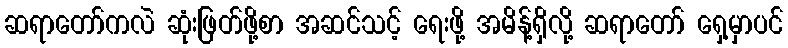
ဆရာတော်ကလဲ ဆုံးဖြတ်ဖို့စာ အဆင်သင့် ရေးဖို့ အမိန့်ရှိလို့ ဆရာတော် ရှေ့မှာပင်